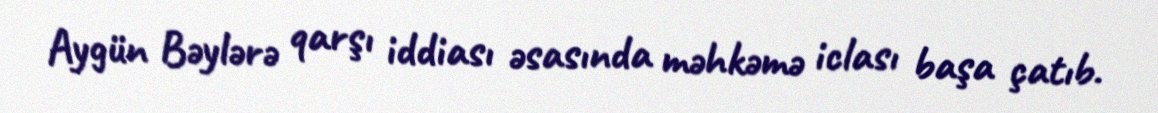
Aygün Bəylərə qarşı iddiası əsasında məhkəmə iclası başa çatıb.